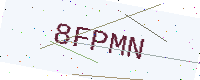
Text: 8FPMN